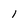
Character: 1